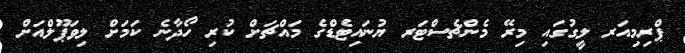
ޕްރިމިއަރ ލީގުގައި މިރޭ މެންޗެސްޓަރ ޔުނައިޓެޑްގެ މައްޗަށް ކުރި ހޯދާނެ ކަމަށް ލިވަޕޫލްއަށް